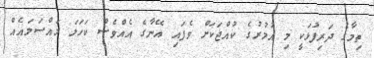
ތިމާގެ ދަރިފުޅަކީ މި އުމުރުގެ ކުއްޖަކަށް ވެފައި އޭނާގެ އެއްވެސް ކަހަލަ މައްސަލައެއް